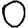
Digit: 0